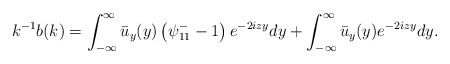
\begin{align*}&k^{-1} b(k)= \int_{-\infty}^{\infty} \bar{u}_y(y)\left(\psi^-_{11}-1\right) e^{-2iz y} dy+ \int_{-\infty}^{\infty} \bar u_y (y)e^{-2izy}dy.\end{align*}